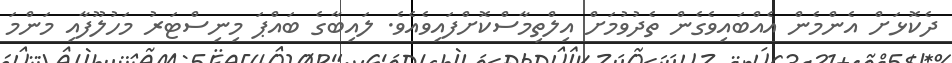
ދެކޮޅަށް އެންމެން އެއްބައިވެގެން ތެދުވުމަށް އިލްތިމާސްކޮށްފައިވެއެވެ. ލައިބާގެ ބައްޕަ މިނިސްޓަރު މަހުލޫފާއި މަންމަ